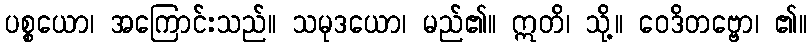
ပစ္စယော၊ အကြောင်းသည်။ သမုဒယော၊ မည်၏။ ဣတိ၊ သို့။ ဝေဒိတဗ္ဗော၊ ၏။